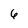
Character: 6